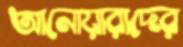
আনোয়ারাদের